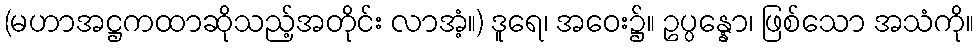
(မဟာအဋ္ဌကထာဆိုသည့်အတိုင်း လာအံ့။) ဒူရေ၊ အဝေး၌။ ဥပ္ပန္နော၊ ဖြစ်သော အသံကို။